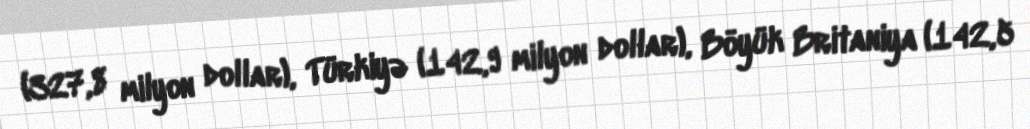
(327,8 milyon dollar), Türkiyə (142,9 milyon dollar), Böyük Britaniya (142,5